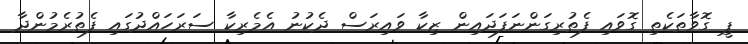
ޕީ ގޮވާތަކެތި ގޮވައި ފެތުރިގަންނަފަދައިން ޒިކާ ވައިރަސް ދެކުނު އެމެރިކާ ސަރަހައްދުގައި ފެތުރެމުންދާ